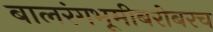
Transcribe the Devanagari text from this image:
बालरंगभूमीबरोबरच